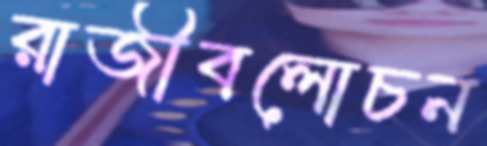
রাজীবলোচন